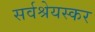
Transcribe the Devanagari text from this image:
सर्वश्रेयस्कर